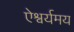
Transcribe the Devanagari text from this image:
ऐश्वर्यमय